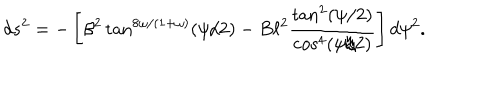
d s ^ { 2 } = - \left[ \beta ^ { 2 } \tan ^ { 8 \omega / ( 1 + \omega ) } ( \psi / 2 ) - B \ell ^ { 2 } \frac { \tan ^ { 2 } ( \psi / 2 ) } { \cos ^ { 4 } ( \psi / 2 ) } \right] d \psi ^ { 2 } .